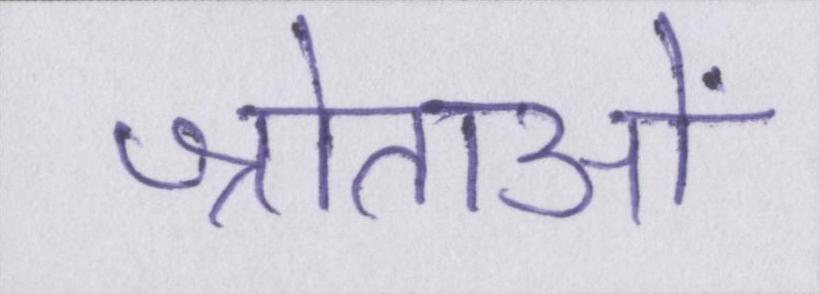
श्रोताओं